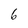
Character: 6